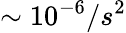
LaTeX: \sim 10^{-6}/s^{2}